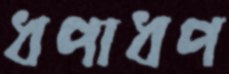
ধপাধপ